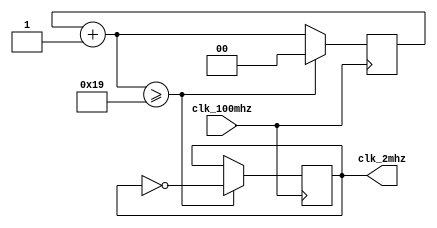
module clk_2mhz(
    clk_100mhz,
    clk_2mhz
);
    input wire clk_100mhz;
    output reg clk_2mhz;

    reg [1:0]counter;

    initial begin
        counter = 0;
        clk_2mhz = 0;
    end

    always @(posedge clk_100mhz) begin
        counter = counter + 1;
        if (counter >= 25) begin
            clk_2mhz = ~clk_2mhz;
            counter = 0;
        end
    end

endmodule